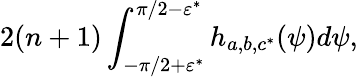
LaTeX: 2(n+1)\int_{-\pi/2+\varepsilon^{*}}^{\pi/2-\varepsilon^{*}}h_{a,b,c^{*}}(\psi)d\psi,